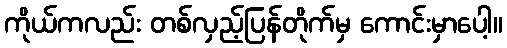
ကိုယ်ကလည်း တစ်လှည့်ပြန်တိုက်မှ ကောင်းမှာပေါ့။